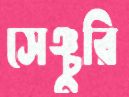
সেঞ্চুরি